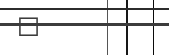
١